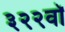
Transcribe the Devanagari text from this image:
३२२वॉ